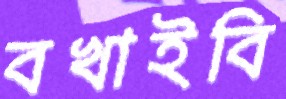
বখাইবি